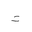
Letter: _ta